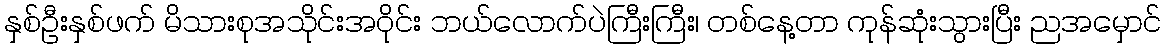
နှစ်ဦးနှစ်ဖက် မိသားစုအသိုင်းအဝိုင်း ဘယ်လောက်ပဲကြီးကြီး၊ တစ်နေ့တာ ကုန်ဆုံးသွားပြီး ညအမှောင်